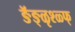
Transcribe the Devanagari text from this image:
ङॅङ्ळृश्ळ्फ्